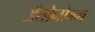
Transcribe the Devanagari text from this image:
अँतोनोव्ना